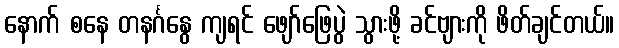
နောက် စနေ တနင်္ဂနွေ ကျရင် ဖျော်ဖြေပွဲ သွားဖို့ ခင်ဗျားကို ဖိတ်ချင်တယ်။